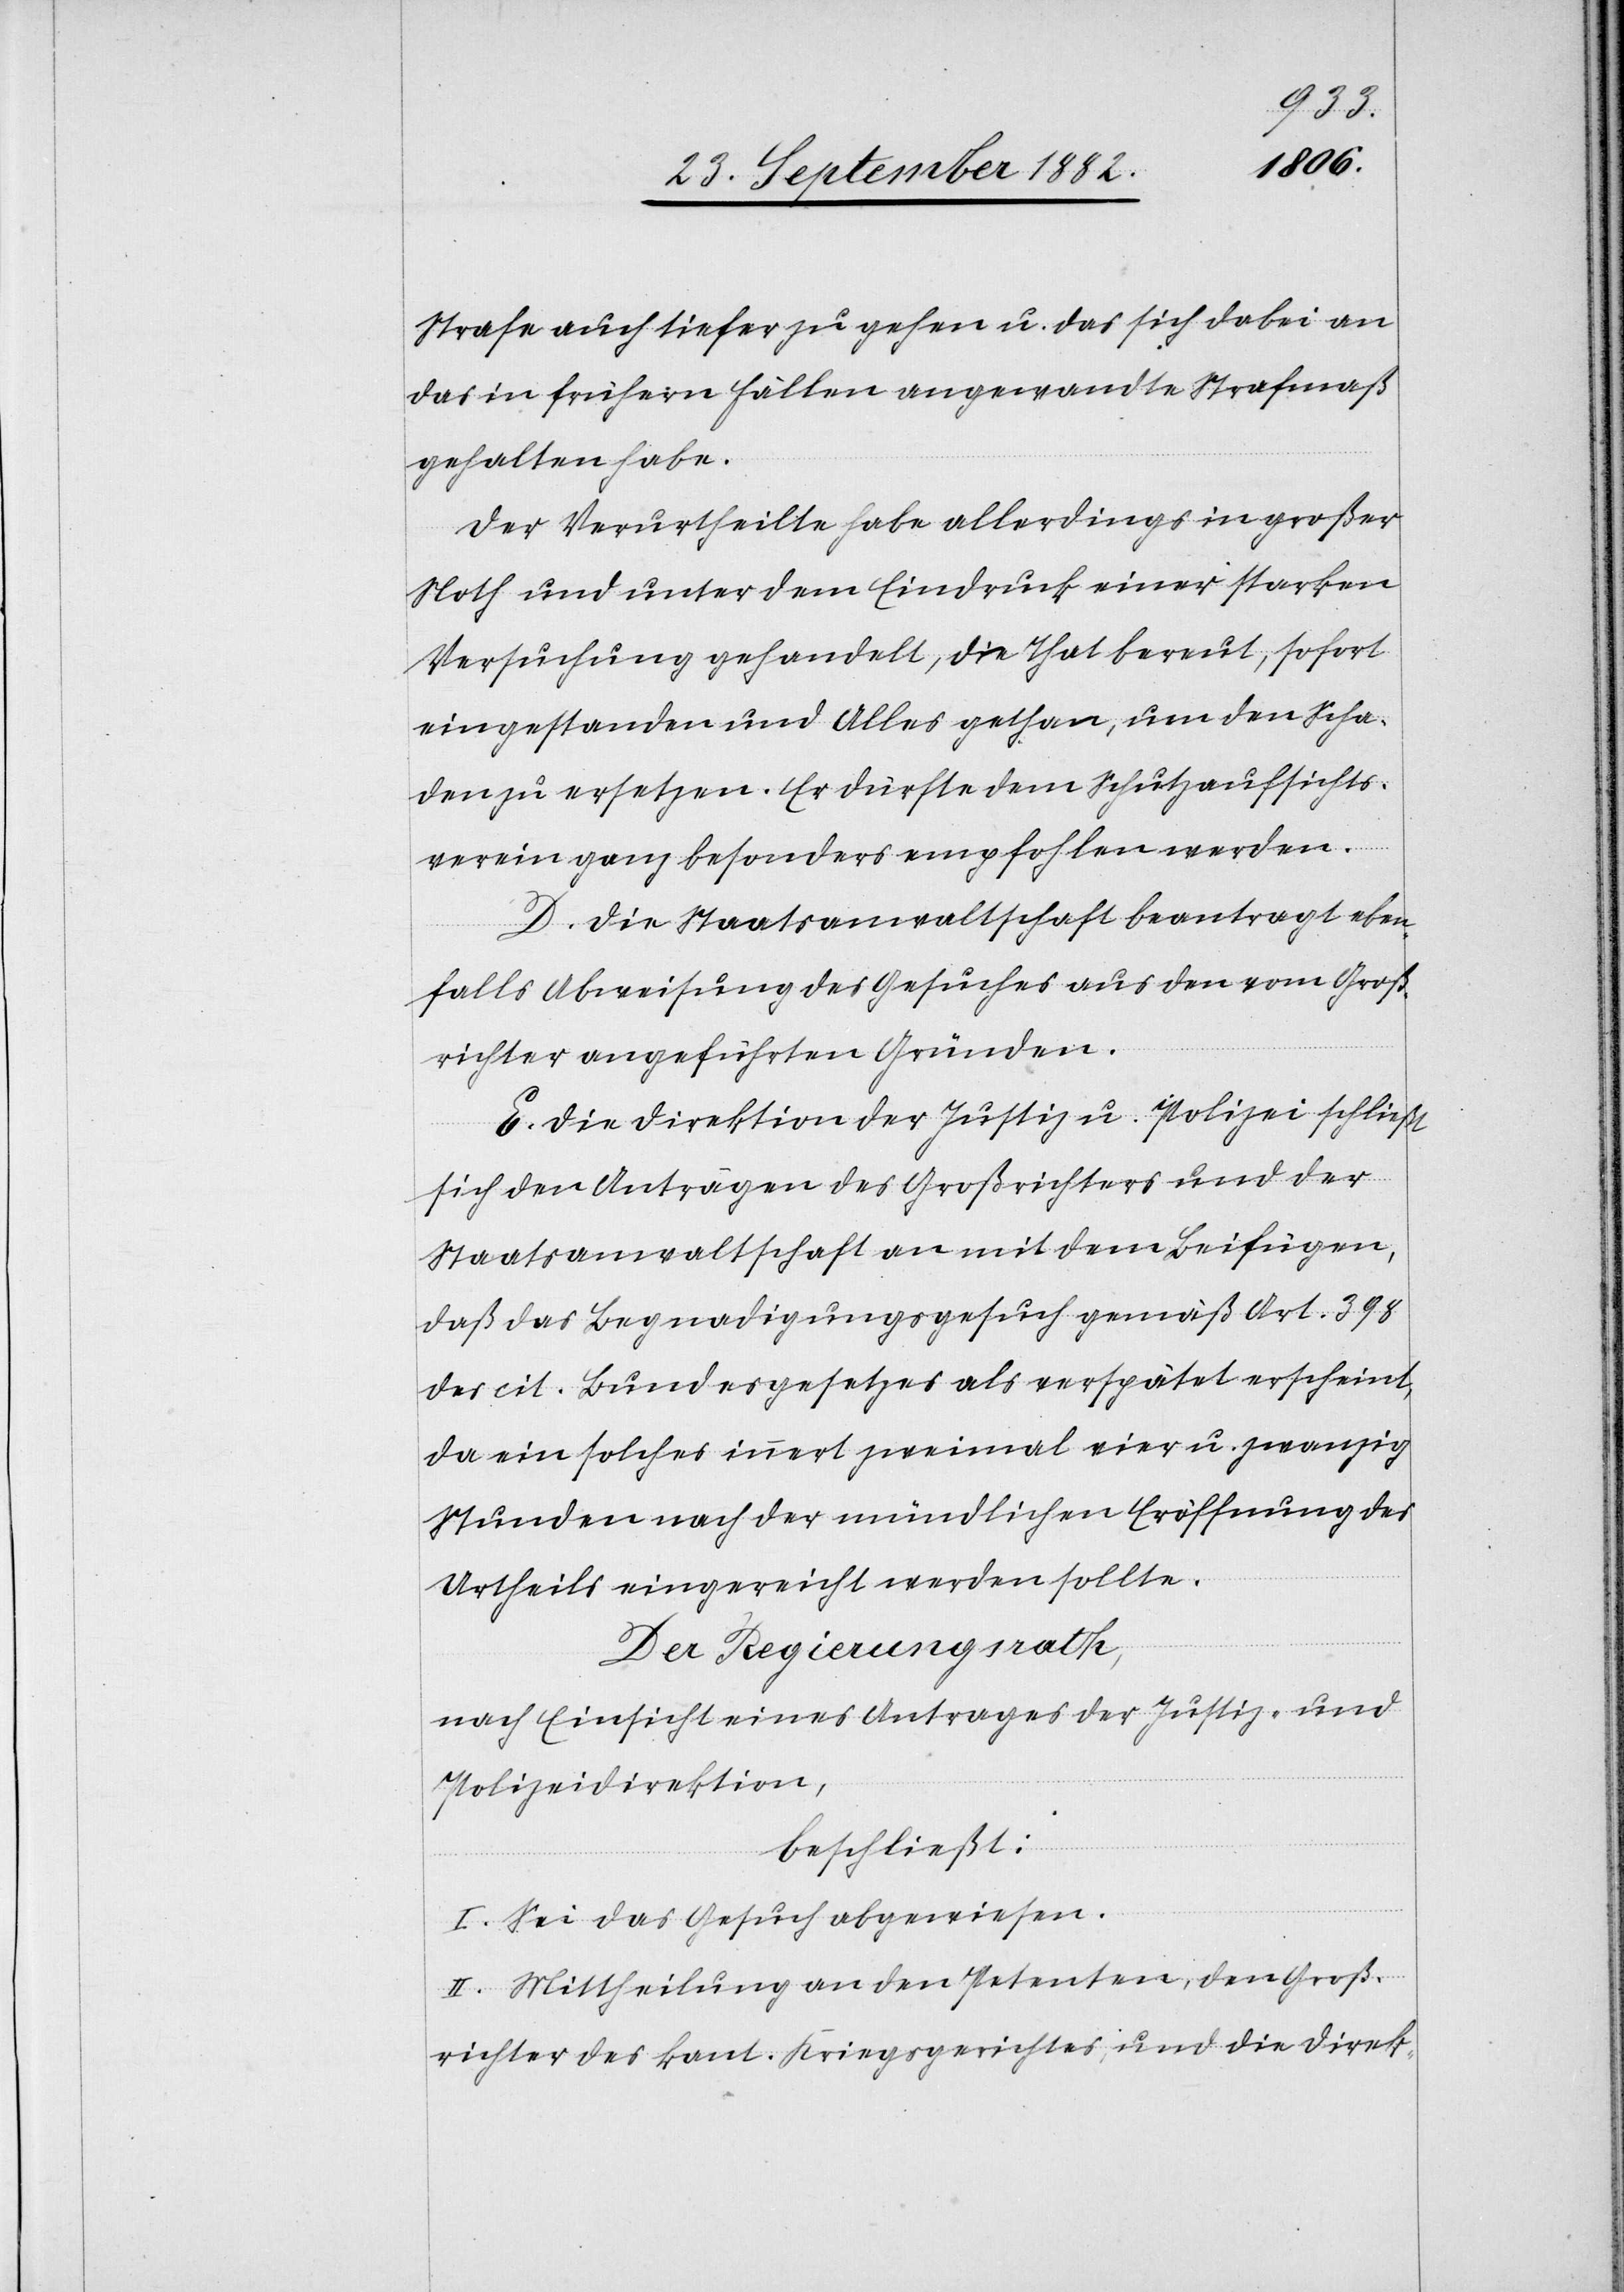
Strafe auch tiefer zu gehen u. das sich dabei an
das in frühern Fällen angewandte Strafmaß
gehalten habe.
Der Verurtheilte habe allerdings in großer
Noth und unter dem Eindruck einer starken
Versuchung gehandelt, die That bereut, sofort
eingestanden und Alles gethan, um den Scha¬
den zu ersetzen. Er dürfte dem Schutzaufsichts¬
verein ganz besonders empfohlen werden.
D. Die Staatsanwaltschaft beantragt eben¬
falls Abweisung des Gesuches aus den vom Groß¬
richter angeführten Gründen.
E. Die Direktion der Justiz & Polizei schließt
sich den Anträgen des Großrichters und der
Staatsanwaltschaft an mit dem Beifügen,
daß das Begnadigungsgesuch gemäß Art. 398
des cit. Bundesgesetzes als verspätet erscheint,
da ein solches innert zweimal vier u. zwanzig
Stunden nach der mündlichen Eröffnung des
Urtheils eingereicht werden sollte.
Der Regierungsrath,
nach Einsicht eines Antrages der Justiz- &
Polizeidirektion,
beschließt:
I. Sei das Gesuch abgewiesen.
II. Mittheilung an den Petenten, den Groß¬
richter des kant. Kriegsgerichtes, und die Direk-